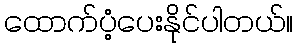
ထောက်ပံ့ပေးနိုင်ပါတယ်။